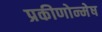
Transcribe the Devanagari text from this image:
प्रकीणोन्मेष